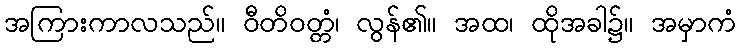
အကြားကာလသည်။ ဝီတိဝတ္တံ၊ လွန်၏။ အထ၊ ထိုအခါ၌။ အမှာကံ